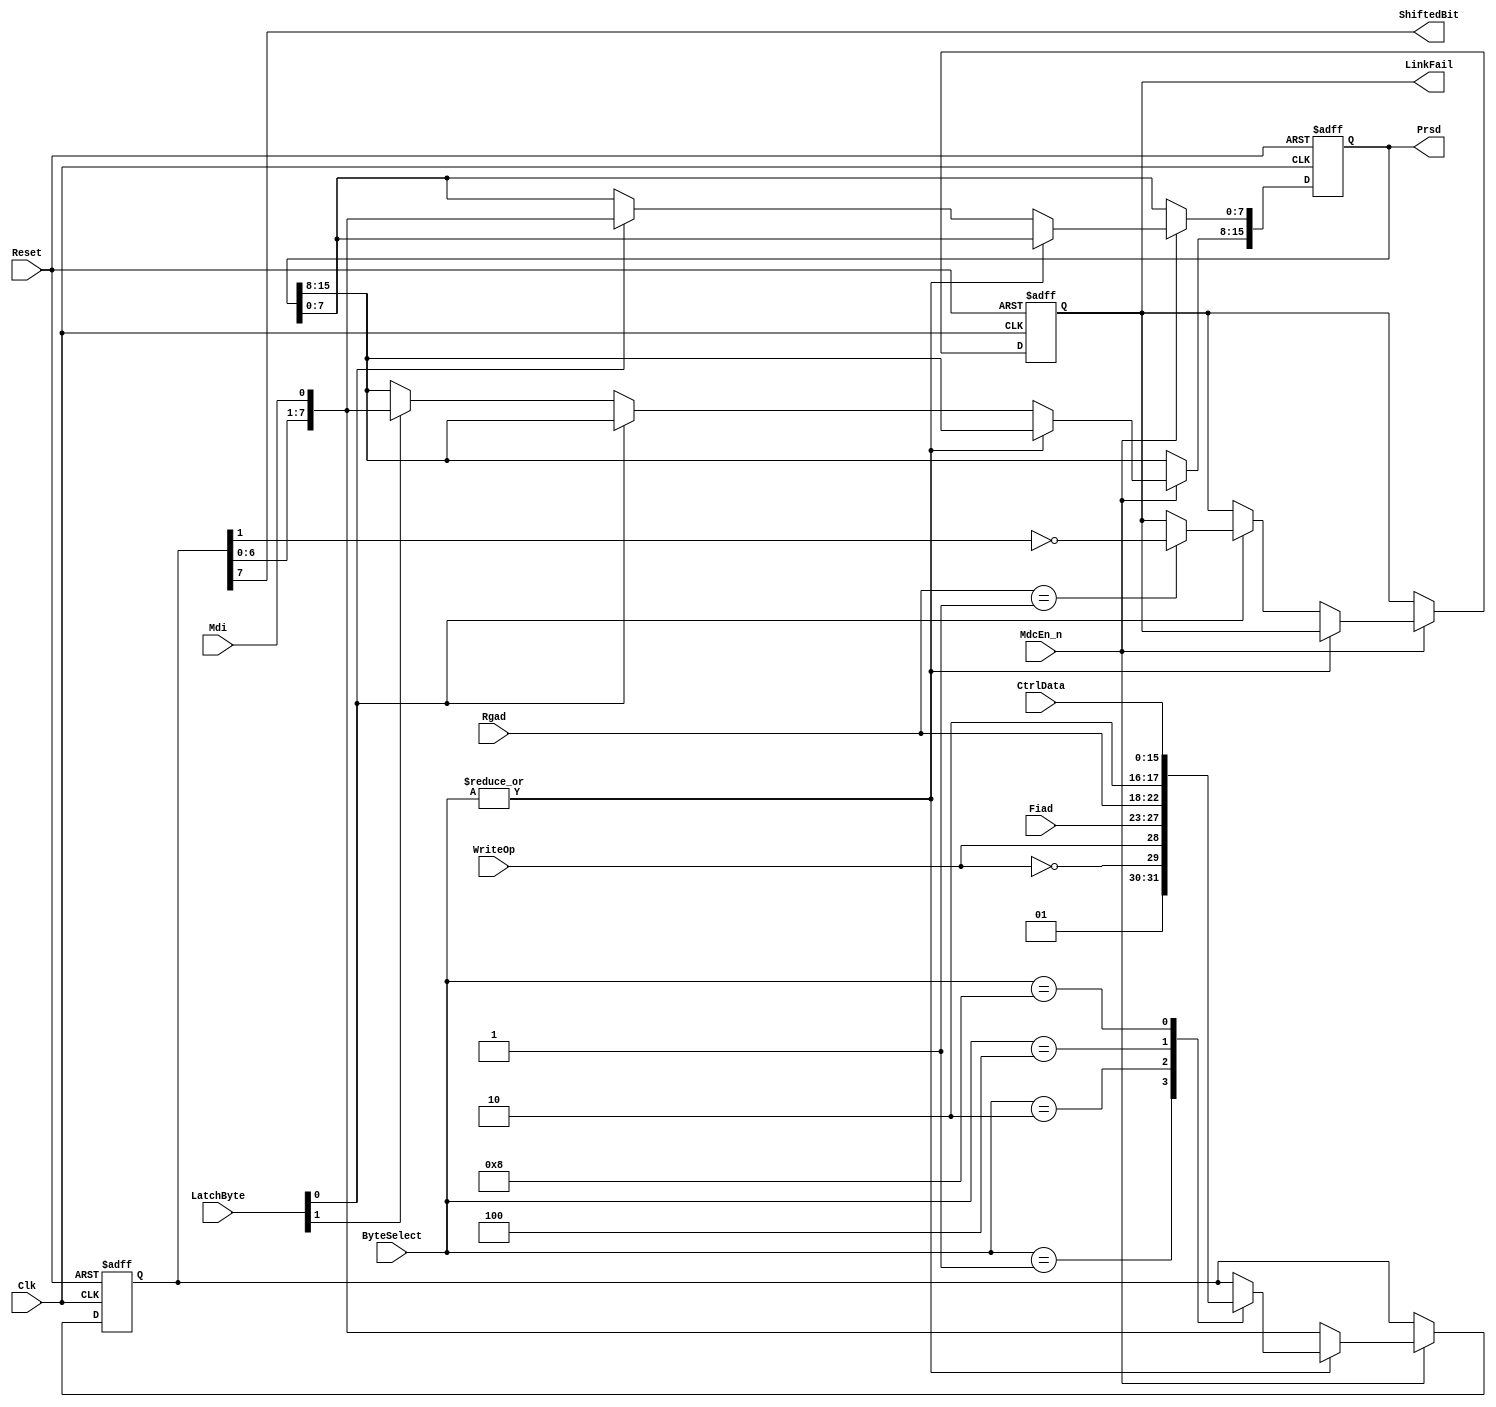
module eth_shiftreg(Clk, Reset, MdcEn_n, Mdi, Fiad, Rgad, CtrlData, WriteOp, ByteSelect, 
                    LatchByte, ShiftedBit, Prsd, LinkFail);


input       Clk;              // Input clock (Host clock)
input       Reset;            // Reset signal
input       MdcEn_n;          // Enable signal is asserted for one Clk period before Mdc falls.
input       Mdi;              // MII input data
input [4:0] Fiad;             // PHY address
input [4:0] Rgad;             // Register address (within the selected PHY)
input [15:0]CtrlData;         // Control data (data to be written to the PHY)
input       WriteOp;          // The current operation is a PHY register write operation
input [3:0] ByteSelect;       // Byte select
input [1:0] LatchByte;        // Byte select for latching (read operation)

output      ShiftedBit;       // Bit shifted out of the shift register
output[15:0]Prsd;             // Read Status Data (data read from the PHY)
output      LinkFail;         // Link Integrity Signal

reg   [7:0] ShiftReg;         // Shift register for shifting the data in and out
reg   [15:0]Prsd;
reg         LinkFail;




// ShiftReg[7:0] :: Shift Register Data
always @ (posedge Clk or posedge Reset) 
begin
  if(Reset)
    begin
      ShiftReg[7:0] <=  8'h0;
      Prsd[15:0] <=  16'h0;
      LinkFail <=  1'b0;
    end
  else
    begin
      if(MdcEn_n)
        begin 
          if(|ByteSelect)
            begin
	       /* verilator lint_off CASEINCOMPLETE */
              /*case (ByteSelect[3:0])  // synopsys parallel_case full_case*/
              case (ByteSelect[3:0])  
                4'h1 :    ShiftReg[7:0] <=  {2'b01, ~WriteOp, WriteOp, Fiad[4:1]};
                4'h2 :    ShiftReg[7:0] <=  {Fiad[0], Rgad[4:0], 2'b10};
                4'h4 :    ShiftReg[7:0] <=  CtrlData[15:8];
                4'h8 :    ShiftReg[7:0] <=  CtrlData[7:0];
              endcase // case (ByteSelect[3:0])
	       /* verilator lint_on CASEINCOMPLETE */
            end 
          else
            begin
              ShiftReg[7:0] <=  {ShiftReg[6:0], Mdi};
              if(LatchByte[0])
                begin
                  Prsd[7:0] <=  {ShiftReg[6:0], Mdi};
                  if(Rgad == 5'h01)
                    LinkFail <=  ~ShiftReg[1];  // this is bit [2], because it is not shifted yet
                end
              else
                begin
                  if(LatchByte[1])
                    Prsd[15:8] <=  {ShiftReg[6:0], Mdi};
                end
            end
        end
    end
end


assign ShiftedBit = ShiftReg[7];


endmodule